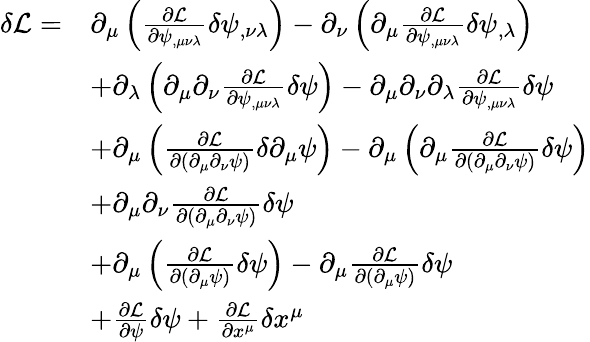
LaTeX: \begin{array}{rl}{\delta\mathcal L=}&{\partial_{\mu}\left(\frac{\partial\mathcal L}{\partial\psi_{,\mu\nu\lambda}}\delta\psi_{,\nu\lambda}\right)-\partial_{\nu}\left(\partial_{\mu}\frac{\partial\mathcal L}{\partial\psi_{,\mu\nu\lambda}}\delta\psi_{,\lambda}\right)}\\ &{+\partial_{\lambda}\left(\partial_{\mu}\partial_{\nu}\frac{\partial\mathcal L}{\partial\psi_{,\mu\nu\lambda}}\delta\psi\right)-\partial_{\mu}\partial_{\nu}\partial_{\lambda}\frac{\partial\mathcal L}{\partial\psi_{,\mu\nu\lambda}}\delta\psi}\\ &{+\partial_{\mu}\left(\frac{\partial\mathcal L}{\partial(\partial_{\mu}\partial_{\nu}\psi)}\delta\partial_{\mu}\psi\right)-\partial_{\mu}\left(\partial_{\mu}\frac{\partial\mathcal L}{\partial(\partial_{\mu}\partial_{\nu}\psi)}\delta\psi\right)}\\ &{+\partial_{\mu}\partial_{\nu}\frac{\partial\mathcal L}{\partial(\partial_{\mu}\partial_{\nu}\psi)}\delta\psi}\\ &{+\partial_{\mu}\left(\frac{\partial\mathcal{L}}{\partial(\partial_{\mu}\psi)}\delta\psi\right)-\partial_{\mu}\frac{\partial\mathcal{L}}{\partial(\partial_{\mu}\psi)}\delta\psi}\\ &{+\frac{\partial\mathcal L}{\partial\psi}\delta\psi+\frac{\partial\mathcal L}{\partial x^{\mu}}\delta x^{\mu}}\end{array}